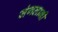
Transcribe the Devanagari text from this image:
जंगलानी